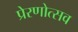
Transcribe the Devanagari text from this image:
प्रेरणोत्सव